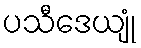
ပသီဒေယျုံ